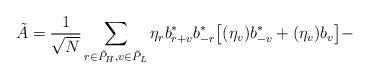
LaTeX: \begin{align*} \tilde A &= \frac1{\sqrt{N}} \sum_{\substack{ r\in \tilde P_H, v\in \tilde P_L }} \eta_r b^*_{r+v} b^*_{-r} \big[ (\eta_v)b^*_{-v} + (\eta_v) b_{v} \big] - \\ \end{align*}